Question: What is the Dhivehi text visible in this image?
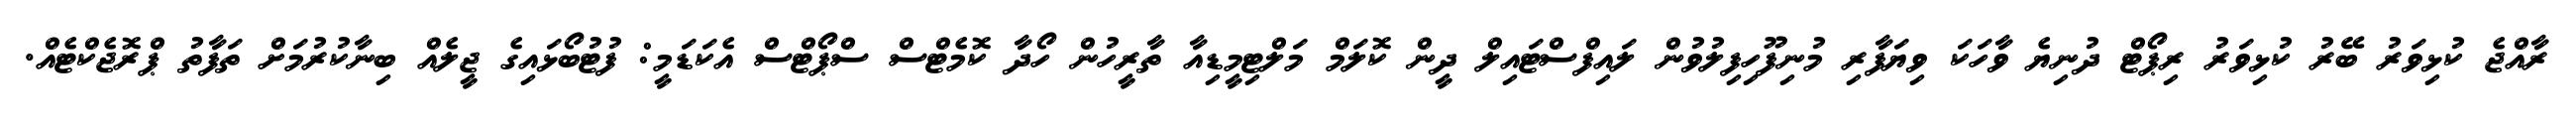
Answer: ރާއްޖެ ކުޅިވަރު ބޭރު ކުޅިވަރު ރިޕޯޓް ދުނިޔެ ވާހަކަ ވިޔަފާރި މުނިފޫހިފިލުވުން ލައިފްސްޓައިލް ދީން ކޮލަމް މަލްޓިމީޑިއާ ތާރީހުން ހޯދާ ކޮމެޓްސް ސްޕޯޓްސް އެކަޑަމީ: ފުޓުބޯޅައިގެ ޖީލެއް ބިނާކުރުމަށް ތަފާތު ޕްރޮޖެކްޓެއް.